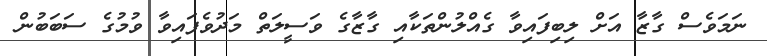
ނަމަވެސް ގާޒާ އަށް ލިބިފައިވާ ގެއްލުންތަކާއި ގާޒާގެ ވަސީލަތް މަދުވެފައިވާ ވުމުގެ ސަބަބުން